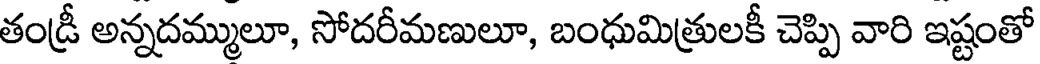
తండ్రీ అన్నదమ్ములూ, సోదరీమణులూ, బంధుమిత్రులకీ చెప్పి వారి ఇష్టంతో